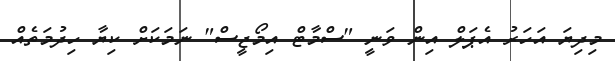
މިދިޔަ އަހަރު އެޕަލް އިން ވަނީ "ސްމާޓް އިމޯޖީސް" ނަމަކަށް ކިޔާ ހިދުމަތެއް